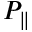
P _ { \| }